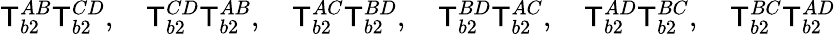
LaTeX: \mathsf{T}_{b2}^{AB}\mathsf{T}_{b2}^{CD},\quad\mathsf{T}_{b2}^{CD}\mathsf{T}_{b2}^{AB},\quad\mathsf{T}_{b2}^{AC}\mathsf{T}_{b2}^{BD},\quad\mathsf{T}_{b2}^{BD}\mathsf{T}_{b2}^{AC},\quad\mathsf{T}_{b2}^{AD}\mathsf{T}_{b2}^{BC},\quad\mathsf{T}_{b2}^{BC}\mathsf{T}_{b2}^{AD}